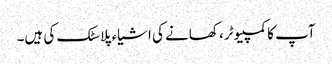
آپ کا کمپیوٹر، کھانے کی اشیاء پلاسٹک کی ہیں۔